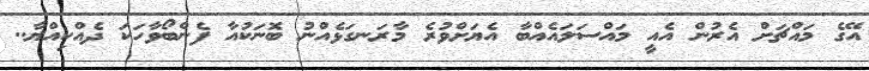
އޭގެ މައްޗަށް އެރުން އެއީ މައްސަލައެއްބާ އެޔަށްވުރެ މާރަނގަޅެއްނު ބޮނަކުއާ ފެންބޯވާހަކަ ދެއްކިއްޔާ..